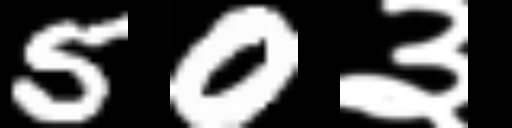
Text: 50३